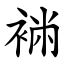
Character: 䘷